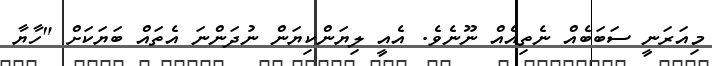
މިއަރަނީ ސަބަބެއް ނެތިއެއް ނޫނެވެ. އެއީ ލިޔަންކިޔަން ނުދަންނަ އެތައް ބަޔަކަށް "ހާޔާ